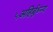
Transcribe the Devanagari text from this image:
५अहिर्बुध्न्य